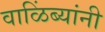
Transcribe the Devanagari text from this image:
वाळिंब्यांनी